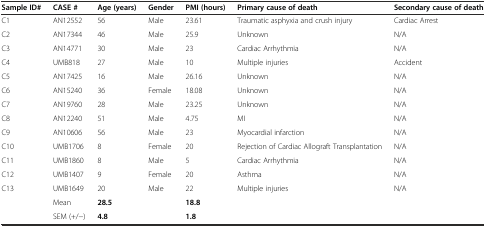
| Sample ID# | CASE # | Age (years) | Gender | PMI (hours) | Primary cause of death | Secondary cause of death |
 | --- | --- | --- | --- | --- | --- | --- |
 | C1 | AN12552 | 56 | Male | 23.61 | Traumatic asphyxia and crush injury | Cardiac Arrest |
 | C2 | AN17344 | 46 | Male | 25.9 | Unknown | N/A |
 | C3 | AN14771 | 30 | Male | 23 | Cardiac Arrhythmia | N/A |
 | C4 | UMB818 | 27 | Male | 10 | Multiple injuries | Accident |
 | C5 | AN17425 | 16 | Male | 26.16 | Unknown | N/A |
 | C6 | AN15240 | 36 | Female | 18.08 | Unknown | N/A |
 | C7 | AN19760 | 28 | Male | 23.25 | Unknown | N/A |
 | C8 | AN12240 | 51 | Male | 4.75 | MI | N/A |
 | C9 | AN10606 | 56 | Male | 23 | Myocardial infarction | N/A |
 | C10 | UMB1706 | 8 | Female | 20 | Rejection of Cardiac Allograft Transplantation | N/A |
 | C11 | UMB1860 | 8 | Male | 5 | Cardiac Arrhythmia | N/A |
 | C12 | UMB1407 | 9 | Female | 20 | Asthma | N/A |
 | C13 | UMB1649 | 20 | Male | 22 | Multiple injuries | N/A |
 |  | Mean | 28.5 |  | 18.8 |  |  |
 |  | SEM (+/−) | 4.8 |  | 1.8 |  |  |